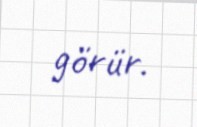
görür.